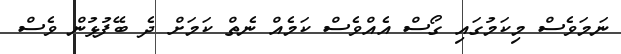
ނަމަވެސް މިކަމުގައި ގޯސް އެއްވެސް ކަމެއް ނެތް ކަމަށް ދެ ބޭފުޅުން ވެސް